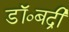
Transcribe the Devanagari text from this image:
डॉ०बद्री